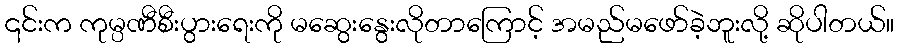
၎င်းက ကုမ္ပဏီစီးပွားရေးကို မဆွေးနွေးလိုတာကြောင့် အမည်မဖော်ခဲ့ဘူးလို့ ဆိုပါတယ်။